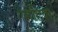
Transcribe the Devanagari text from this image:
गैसटिक